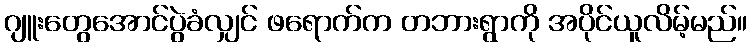
ဂျူးတွေအောင်ပွဲခံလျှင် ဖရောက်က တဘားရွာကို အပိုင်ယူလိမ့်မည်။